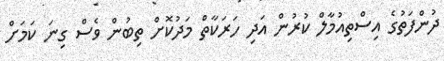
ދުންފަތުގެ އިސްތިއުމާލް ކުރުން އަދި ހަރަކާތް މަދުކޮށް ތިބުން ވެސް ގިނަ ކަމަށް